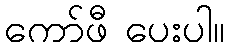
ကော်ဖီ ပေးပါ။